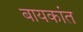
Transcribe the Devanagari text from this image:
बायकांत